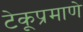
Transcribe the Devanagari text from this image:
टेकूप्रमाणे